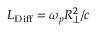
L _ { \mathrm { D i f f } } = \omega _ { p } R _ { \perp } ^ { 2 } / c